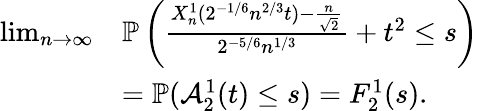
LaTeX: \begin{array}{rl}{\operatorname*{lim}_{n\to\infty}}&{\mathbb{P}\left(\frac{X_{n}^{1}(2^{-1/6}n^{2/3}t)-\frac{n}{\sqrt{2}}}{2^{-5/6}n^{1/3}}+t^{2}\leq s\right)}\\ &{=\mathbb{P}(\mathcal{A}_{2}^{1}(t)\leq s)=F_{2}^{1}(s).}\end{array}